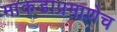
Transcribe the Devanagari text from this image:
माकडाप्रमाणेच